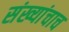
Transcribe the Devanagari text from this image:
संख्यांचाच